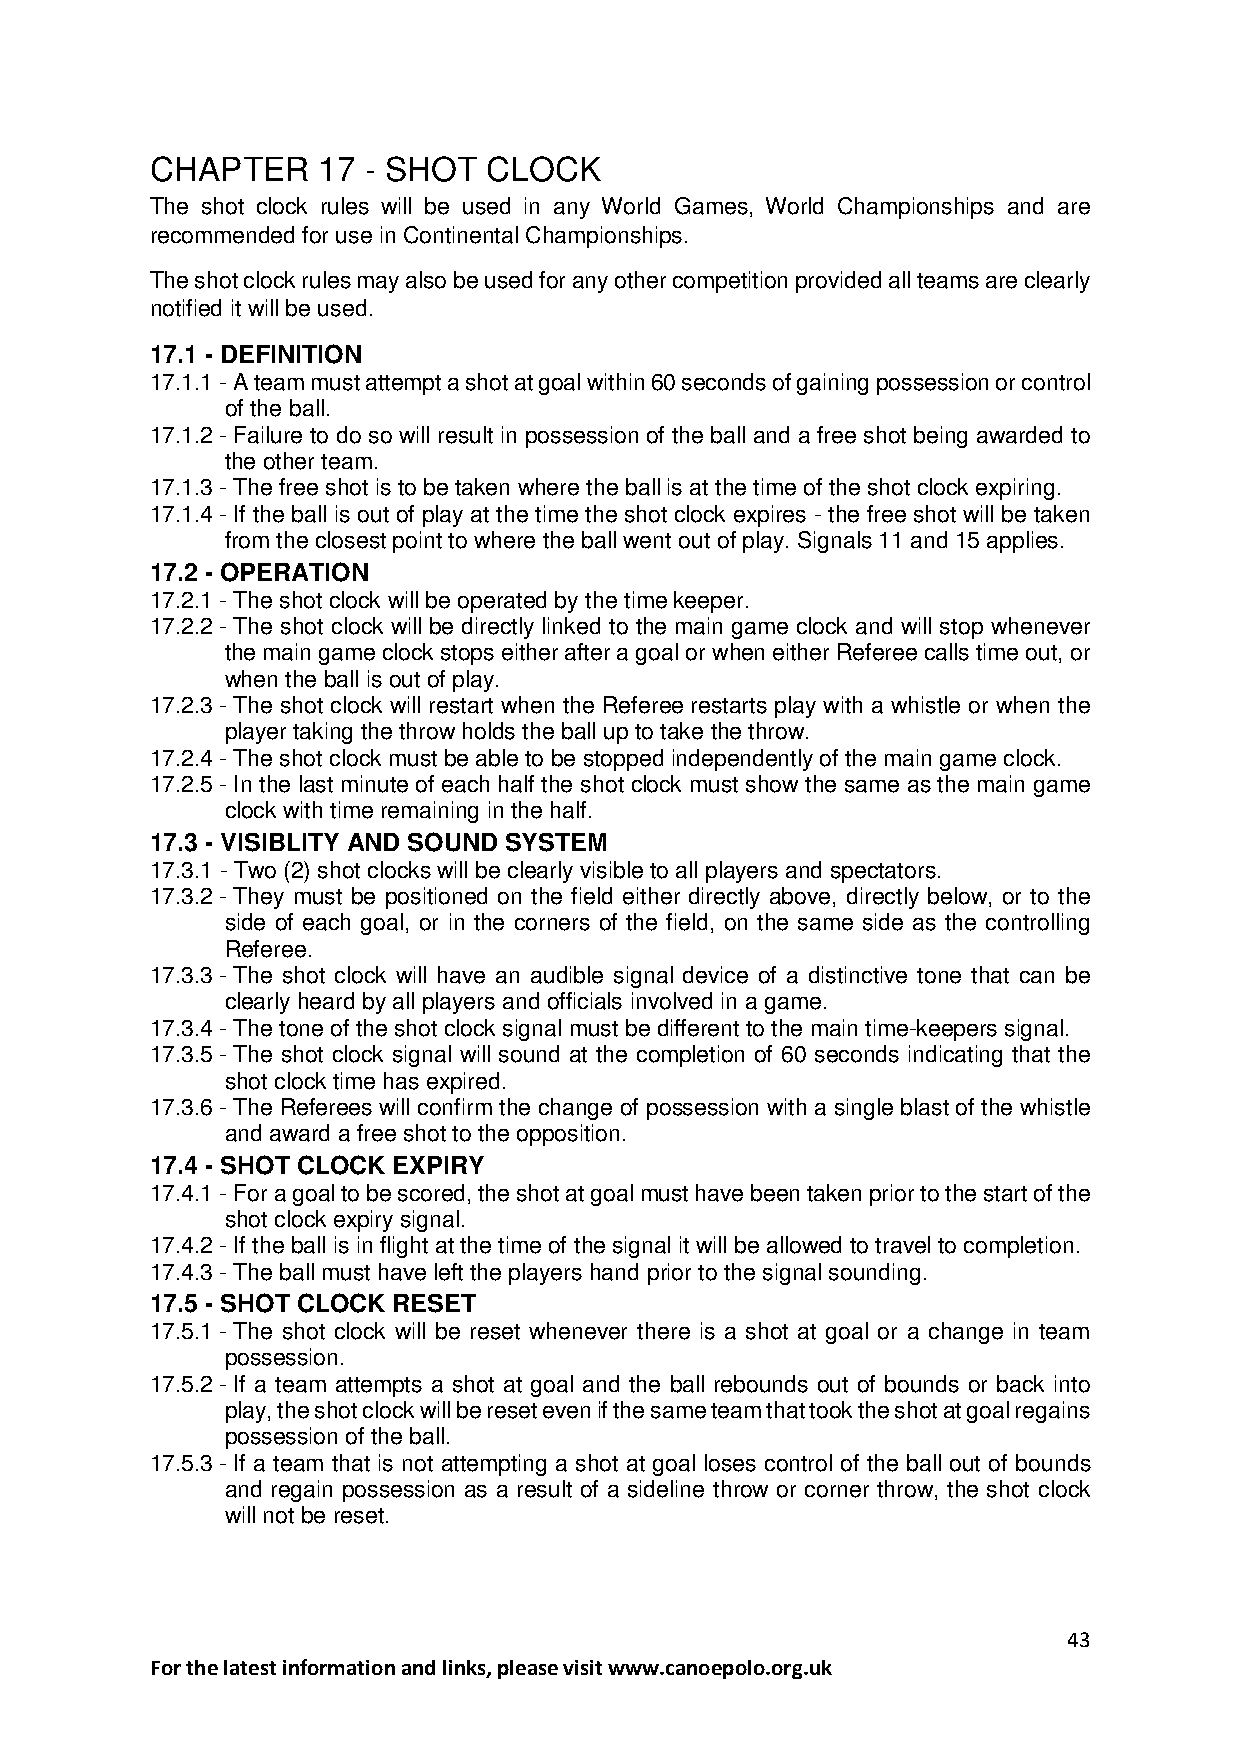
CHAPTER    17 - SHOT  CLOCK
 The shot clock rules will be used in any World Games, World Championships and are
 recommended for use in Continental Championships.
 The shot clock rules may also be used for any other competition provided all teams are clearly
 notified it will be used.
 17.1 - DEFINITION
 17.1.1 - A team must attempt a shot at goal within 60 seconds of gaining possession or control
 of the ball.
 17.1.2 - Failure to do so will result in possession of the ball and a free shot being awarded to
 the other team.
 17.1.3 - The free shot is to be taken where the ball is at the time of the shot clock expiring.
 17.1.4 - If the ball is out of play at the time the shot clock expires - the free shot will be taken
 from the closest point to where the ball went out of play. Signals 11 and 15 applies.
 17.2 - OPERATION
 17.2.1 - The shot clock will be operated by the time keeper.
 17.2.2 - The shot clock will be directly linked to the main game clock and will stop whenever
 the main game clock stops either after a goal or when either Referee calls time out, or
 when the ball is out of play.
 17.2.3 - The shot clock will restart when the Referee restarts play with a whistle or when the
 player taking the throw holds the ball up to take the throw.
 17.2.4 - The shot clock must be able to be stopped independently of the main game clock.
 17.2.5 - In the last minute of each half the shot clock must show the same as the main game
 clock with time remaining in the half.
 17.3 - VISIBLITY AND SOUND SYSTEM
 17.3.1 - Two (2) shot clocks will be clearly visible to all players and spectators.
 17.3.2 - They must be positioned on the field either directly above, directly below, or to the
 side of each goal, or in the corners of the field, on the same side as the controlling
 Referee.
 17.3.3 - The shot clock will have an audible signal device of a distinctive tone that can be
 clearly heard by all players and officials involved in a game.
 17.3.4 - The tone of the shot clock signal must be different to the main time-keepers signal.
 17.3.5 - The shot clock signal will sound at the completion of 60 seconds indicating that the
 shot clock time has expired.
 17.3.6 - The Referees will confirm the change of possession with a single blast of the whistle
 and award a free shot to the opposition.
 17.4 - SHOT CLOCK EXPIRY
 17.4.1 - For a goal to be scored, the shot at goal must have been taken prior to the start of the
 shot clock expiry signal.
 17.4.2 - If the ball is in flight at the time of the signal it will be allowed to travel to completion.
 17.4.3 - The ball must have left the players hand prior to the signal sounding.
 17.5 - SHOT CLOCK RESET
 17.5.1 - The shot clock will be reset whenever there is a shot at goal or a change in team
 possession.
 17.5.2 - If a team attempts a shot at goal and the ball rebounds out of bounds or back into
 play, the shot clock will be reset even if the same team that took the shot at goal regains
 possession of the ball.
 17.5.3 - If a team that is not attempting a shot at goal loses control of the ball out of bounds
 and regain possession as a result of a sideline throw or corner throw, the shot clock
 will not be reset.
 43
 For the latest information and links, please visit www.canoepolo.org.uk